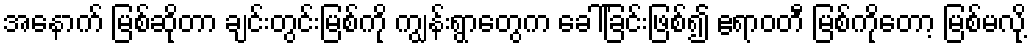
အနောက် မြစ်ဆိုတာ ချင်းတွင်းမြစ်ကို ကျွန်းရွာတွေက ခေါ်ခြင်းဖြစ်၍ ဧရာဝတီ မြစ်ကိုတော့ မြစ်မလို့